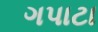
ગપાટા